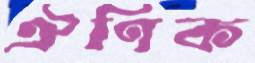
ঐণিক